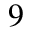
9